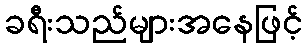
ခရီးသည်များအနေဖြင့်